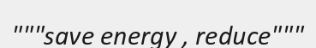
"""save energy , reduce"""